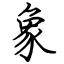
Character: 象